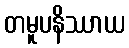
တမူပနိဿာယ